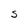
Character: S